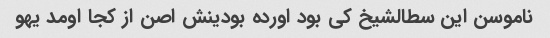
ناموسن این سطالشیخ کی بود اورده بودینش اصن از کجا اومد یهو